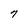
Character: 7